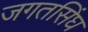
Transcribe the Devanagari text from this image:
जगतसिंघ